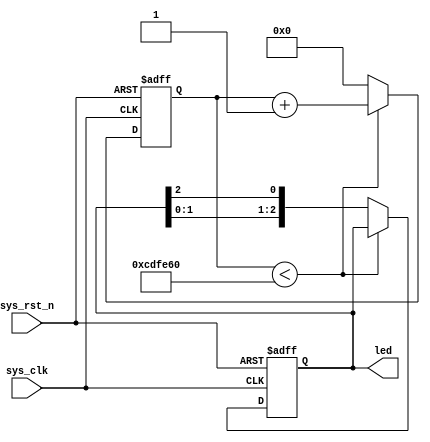
module led (
    input sys_clk,
    input sys_rst_n,
    output reg [2:0] led // 110 R, 101 B, 011 G
);

reg [31:0] counter;

always @(posedge sys_clk or negedge sys_rst_n) begin
    if (!sys_rst_n) begin
        counter <= 31'd0;
        led <= 3'b011;
    end
    else if (counter < 31'd1350_0000)       // 0.5s delay
        counter <= counter + 1;
    else begin
        counter <= 31'd0;
        led[2:0] <= {led[1:0],led[2]};
    end
end

endmodule